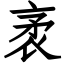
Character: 袤